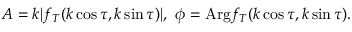
\begin{array} { r } { A = k | f _ { T } ( k \cos \tau , k \sin \tau ) | , \ \phi = \mathrm { A r g } f _ { T } ( k \cos \tau , k \sin \tau ) . \ } \end{array}